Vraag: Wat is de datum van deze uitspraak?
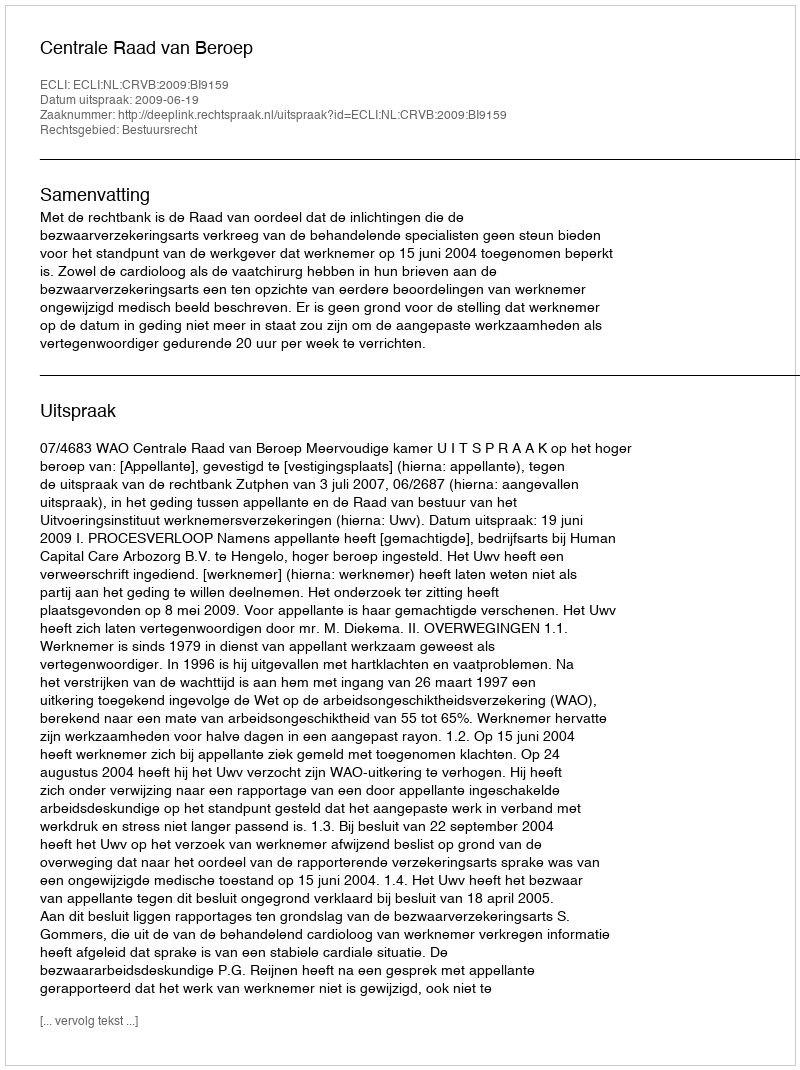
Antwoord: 2009-06-19